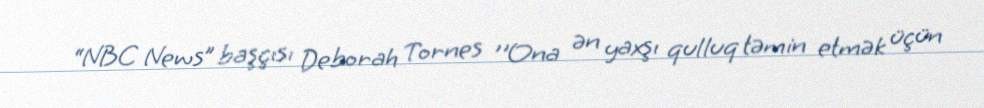
“NBC News” başçısı Deborah Tornes ''Ona ən yaxşı qulluq təmin etmək üçün